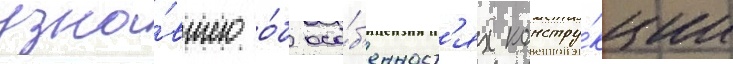
узна́вшего о́б осо́б'енност'ях констру́кции